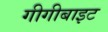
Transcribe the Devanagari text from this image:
गीगीबाइट